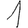
Digit: 1